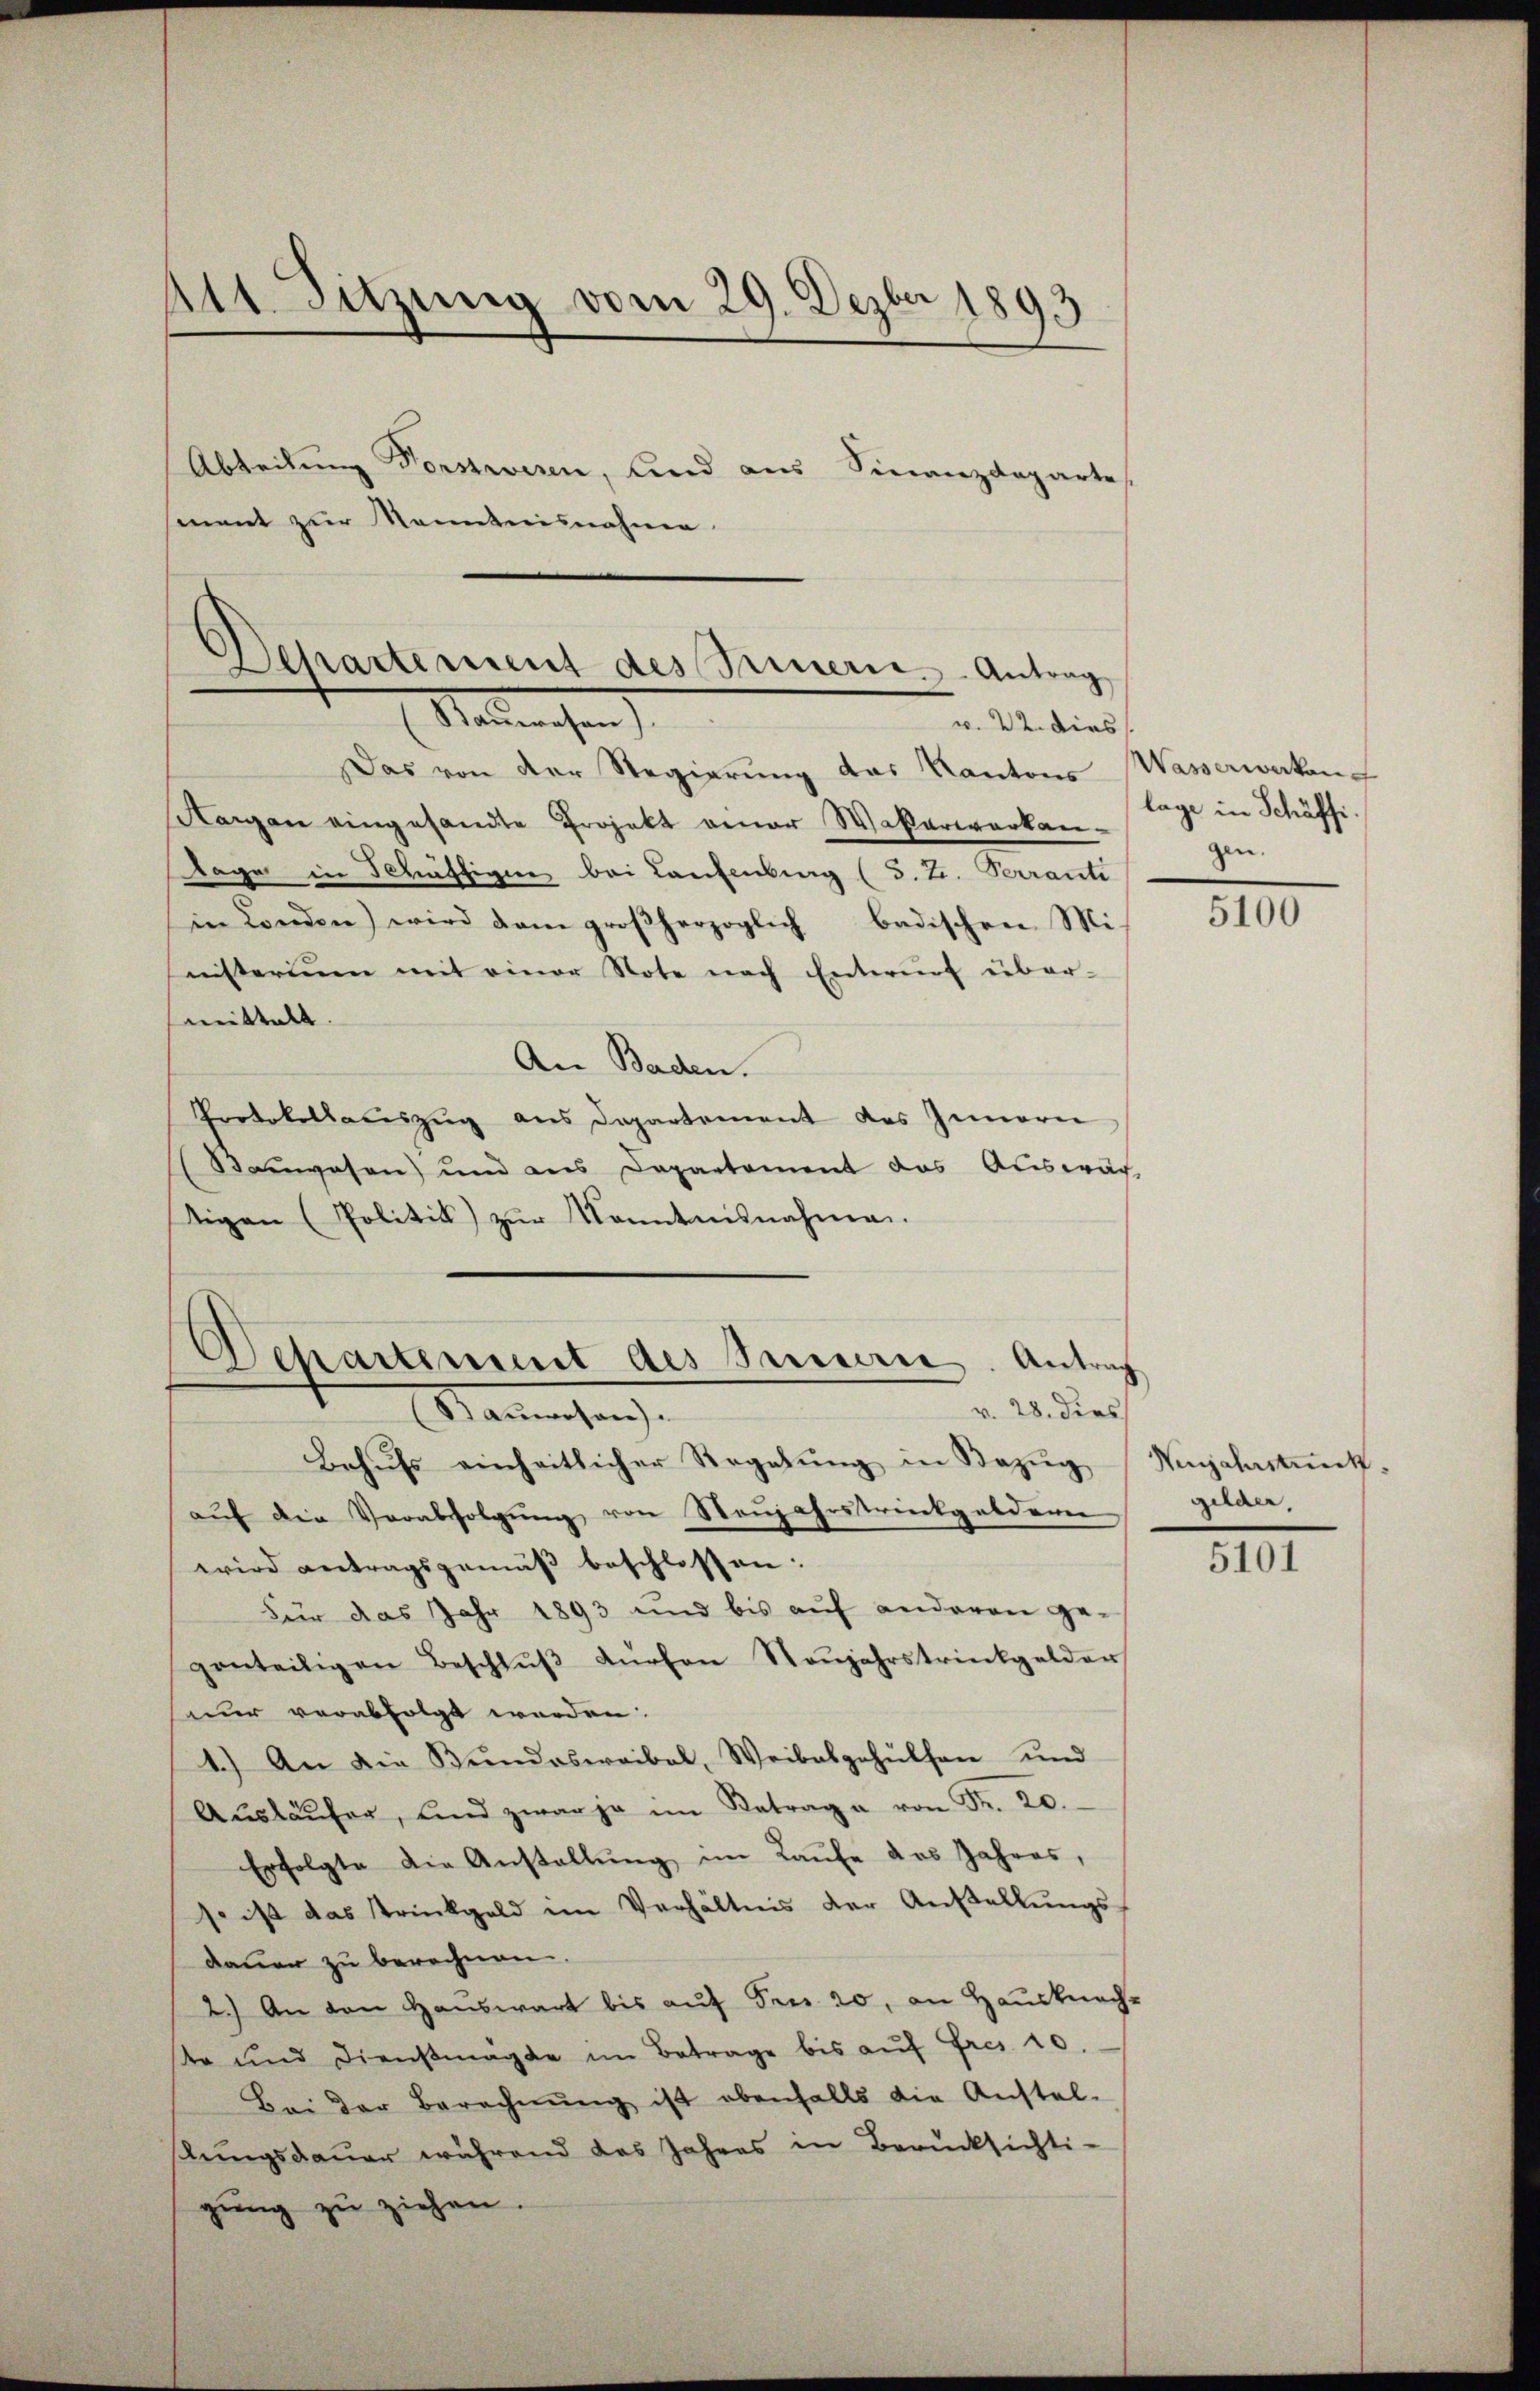
Msizung vom 29. Dezbr 1893
Abteilung Vorstwesen, und aus Finanzdeparte
ment zur Kenntnisnahme

Das von der Regierung das Kantons Wasserwerken
Hergan eingesandte Projekt einer Waßerwerkan¬
Tage in Schäftigen bei Laufenburg (S. Z. Verrante
in Landen) wird dem großherzoglich badischen Ministerium mit einer Note nach Entwurf über-
mittelt.
An Baden.
Protokollauszug aus Departement des Innern
Sengesen) und aus Departement das Auswach-
tigen (Politik zŭr Kenntnisnahme.
Behŭfs einheitlicher Regelung in Bezug Wijahrstunkaŭf die Verabfolgŭng von Neujahrstrinkgeldern
wird antragsgemäß beschlossen:
Für das Jahr 1893 und bis auf anderen ge-
ponteiligen Beschlŭβ dŭrchen Steŭjahrstrinkgelder
nur verabfolgt werden.
1.) An die Bŭndoswaibel, Weibelgehülfen und
Aŭsläŭfer, und zwar ja im Betrag a von Fr. 20.
Erfolgte die Anstallŭng im Kaŭfe das Jahres,
so ist das Trinkgeld im Verhältnis der Anstellŭngs-
dauer zu berechnen.
2.) An den Hauswart bis auf Fr. 20, an Hausknecht
te und Dienstmagte im Betrage bis auf Fros. 10
Bei der Berechnŭng ist ebenfalls die Anstel-
lungsdauer während das Jahres in Berücksichti-
gŭng zu ziehen.

Separtement des Samerie. - Antrag
Malleichen
w. 22. dies

Departement des Sinnern. Antrag
v. 28. dies
Manmaschen

lage in Schäffigen.

5100

Gilder,

5101